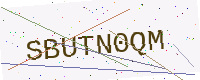
Text: SBUTN0QM